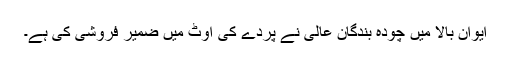
ایوان بالا میں چودہ بندگان عالی نے پردے کی اوٹ میں ضمیر فروشی کی ہے۔